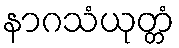
နာဂသံယုတ္တံ